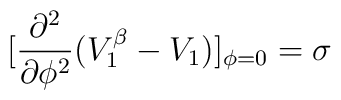
[\frac{\partial^2}{\partial\phi^2}(V^{\beta}_1-V_1)]_{\phi=0}=\sigma